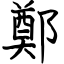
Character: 鄭